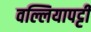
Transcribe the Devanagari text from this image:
वल्लियापट्टी